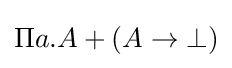
\Pi a.A+(A\to \bot )